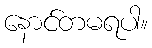
နောင်တမရပါ။